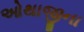
ઓથાજીના